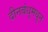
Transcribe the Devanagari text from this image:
दीनबंधूमधून